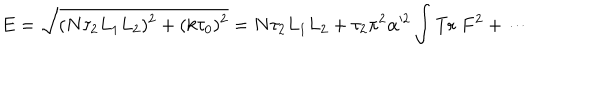
LaTeX: E = \sqrt { ( N \tau _ { 2 } L _ { 1 } L _ { 2 } ) ^ { 2 } + ( k \tau _ { 0 } ) ^ { 2 } } = N \tau _ { 2 } L _ { 1 } L _ { 2 } + \tau _ { 2 } \pi ^ { 2 } \alpha ^ { 2 } \int \mathrm { T r } \; F ^ { 2 } + \cdots